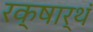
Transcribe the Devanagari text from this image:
रक्षार्थं